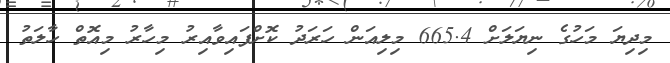
މިދިޔަ މަހުގެ ނިޔަލަށް 665.4 މިލިއަން ހަރަދު ކޮށްފައިވާއިރު މިހާރު މިއޮތް ހާލަތު